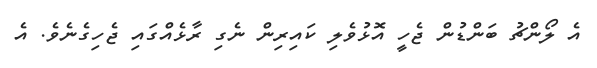
އެ ލޯންޗު ބަންޑުން ޖެހީ އޮޅުވެލި ކައިރިން ނެގި ރާޅެއްގައި ޖެހިގެނެވެ. އެ